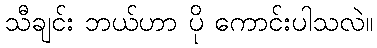
သီချင်း ဘယ်ဟာ ပို ကောင်းပါသလဲ။